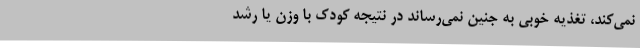
نمی‌کند، تغذیه خوبی به جنین نمی‌رساند در نتیجه کودک با وزن یا رشد